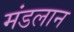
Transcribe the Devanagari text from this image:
मंडलान